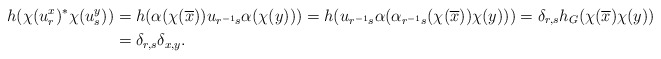
\begin{align*}h(\chi(u^x_r)^*\chi(u_s^y))&=h(\alpha(\chi(\overline{x}))u_{r^{-1}s}\alpha(\chi(y)))=h(u_{r^{-1}s}\alpha(\alpha_{r^{-1}s}(\chi(\overline{x}))\chi(y)))=\delta_{r,s}h_G(\chi(\overline{x})\chi(y))\\&=\delta_{r,s}\delta_{x,y}.\end{align*}